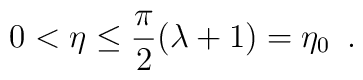
0<\eta \leq \frac{\pi }{2}(\lambda +1)=\eta _{0}\, \, \, .